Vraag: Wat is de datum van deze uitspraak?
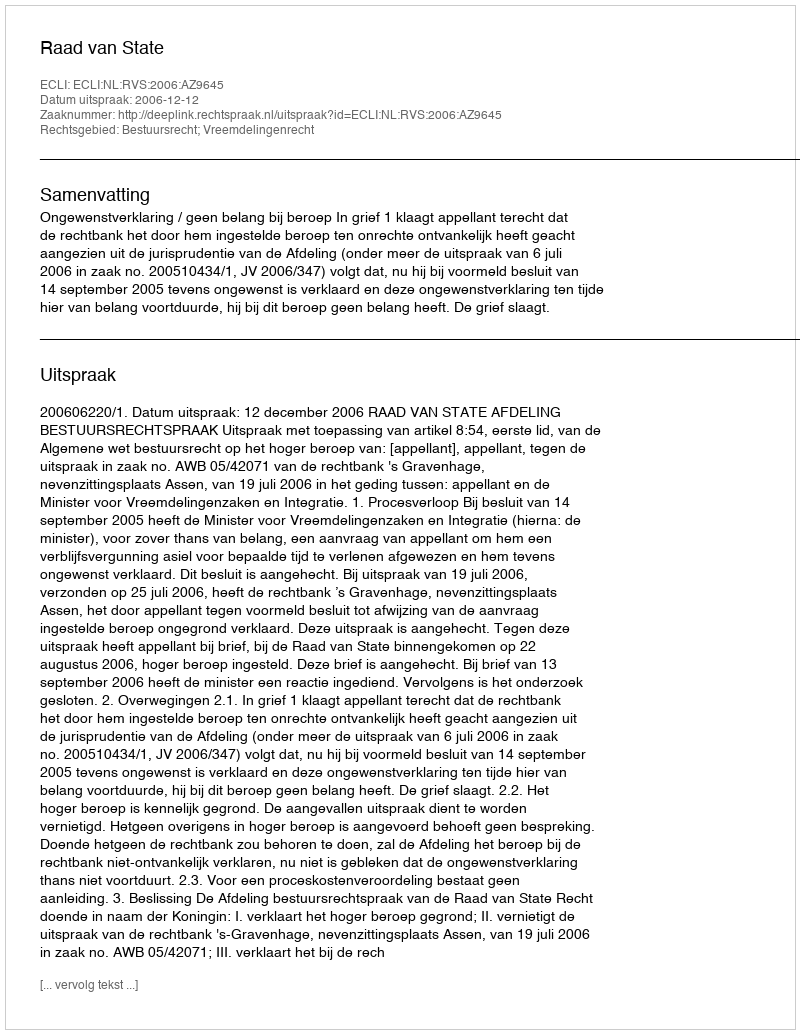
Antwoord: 2006-12-12